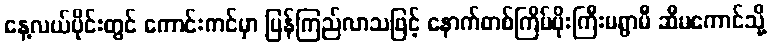
နေ့လယ်ပိုင်းတွင် ကောင်းကင်မှာ ပြန်ကြည်လာသဖြင့် နောက်တစ်ကြိမ်မိုးကြီးမရွာမီ ဆီမကောင်သို့